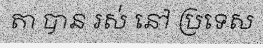
តា បាន រស់ នៅ ប្រទេស